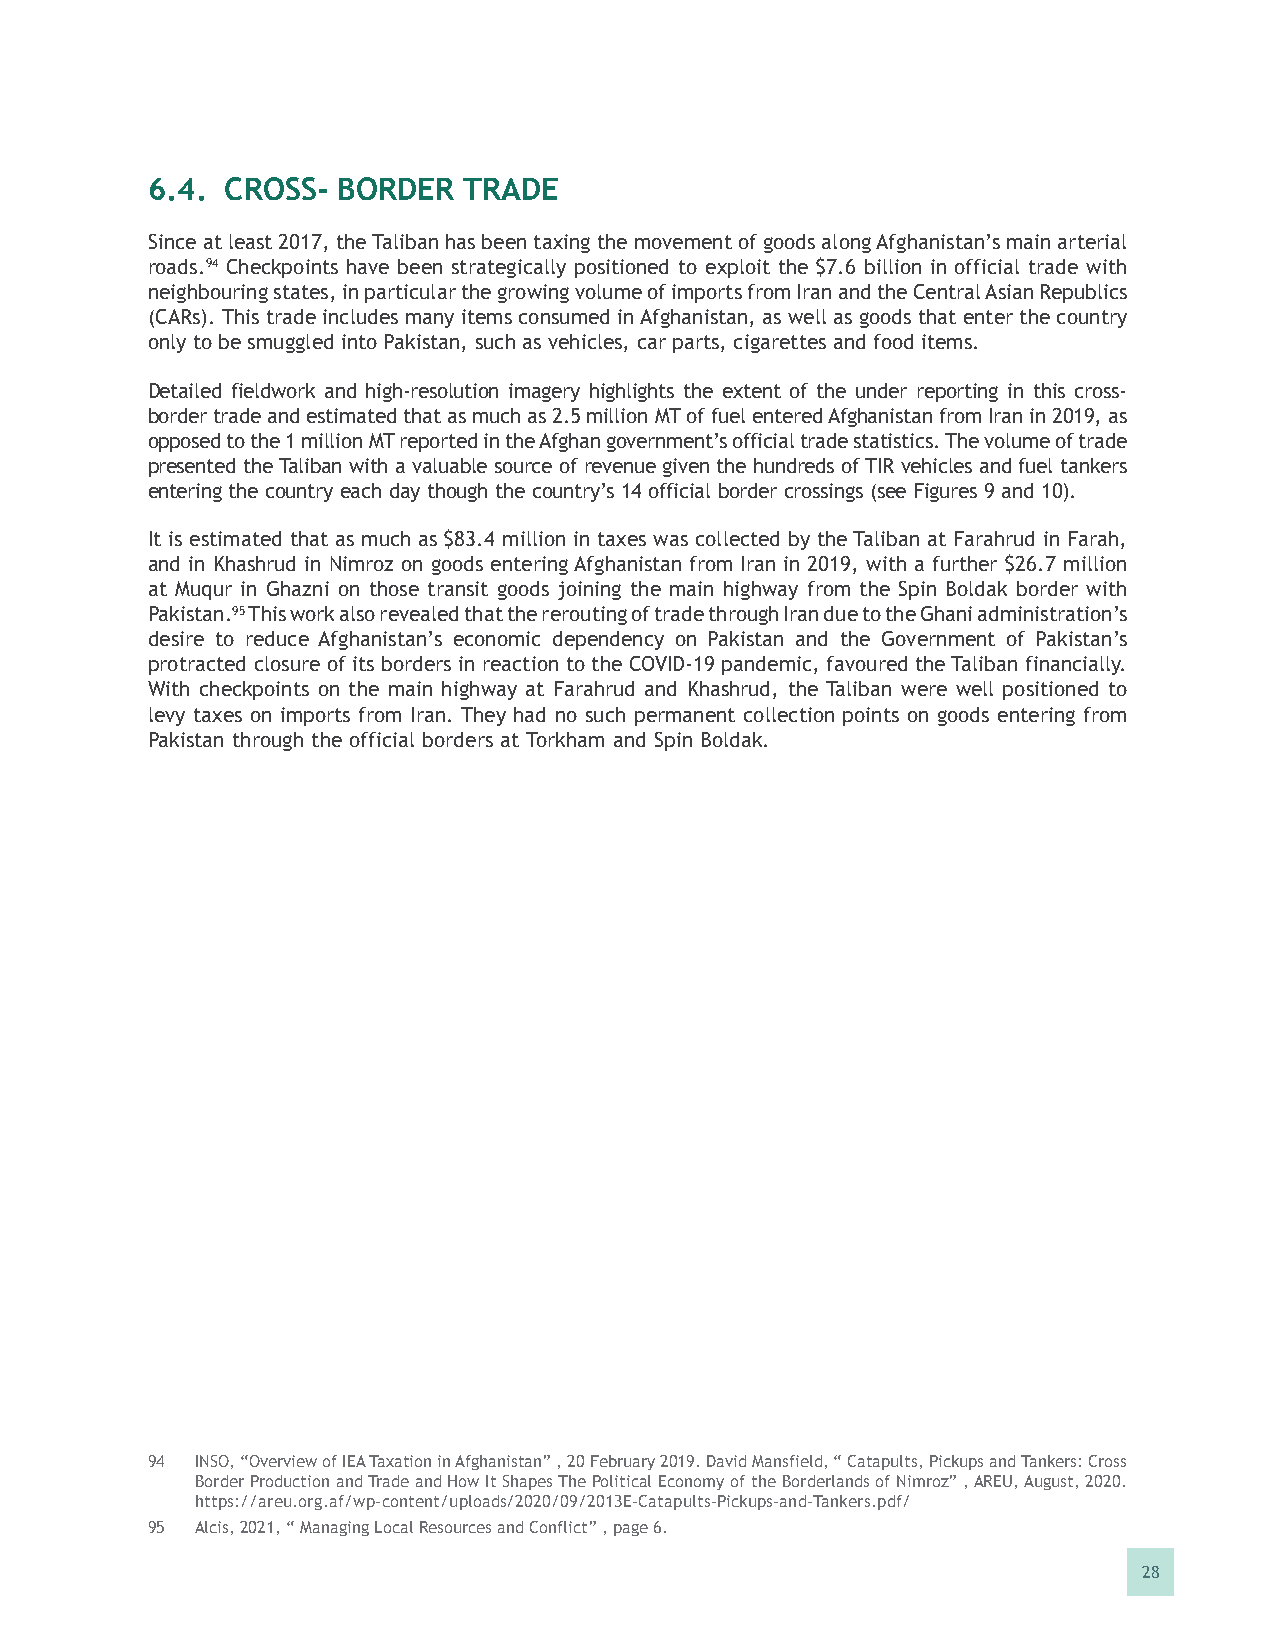
6.4. CROSS- BORDER   TRADE
 Since at least 2017, the Taliban has been taxing the movement of goods along Afghanistan’s main arterial
 roads.94 Checkpoints have been strategically positioned to exploit the $7.6 billion in official trade with
 neighbouring states, in particular the growing volume of imports from Iran and the Central Asian Republics
 (CARs). This trade includes many items consumed in Afghanistan, as well as goods that enter the country
 only to be smuggled into Pakistan, such as vehicles, car parts, cigarettes and food items.
 Detailed fieldwork and high-resolution imagery highlights the extent of the under reporting in this cross-
 border trade and estimated that as much as 2.5 million MT of fuel entered Afghanistan from Iran in 2019, as
 opposed to the 1 million MT reported in the Afghan government’s official trade statistics. The volume of trade
 presented the Taliban with a valuable source of revenue given the hundreds of TIR vehicles and fuel tankers
 entering the country each day though the country’s 14 official border crossings (see Figures 9 and 10).
 It is estimated that as much as $83.4 million in taxes was collected by the Taliban at Farahrud in Farah,
 and in Khashrud in Nimroz on goods entering Afghanistan from Iran in 2019, with a further $26.7 million
 at Muqur in Ghazni on those transit goods joining the main highway from the Spin Boldak border with
 Pakistan.95 This work also revealed that the rerouting of trade through Iran due to the Ghani administration’s
 desire to reduce Afghanistan’s economic dependency on Pakistan and the Government of Pakistan’s
 protracted closure of its borders in reaction to the COVID-19 pandemic, favoured the Taliban financially.
 With checkpoints on the main highway at Farahrud and Khashrud, the Taliban were well positioned to
 levy taxes on imports from Iran. They had no such permanent collection points on goods entering from
 Pakistan through the official borders at Torkham and Spin Boldak.
 94 INSO, “Overview of IEA Taxation in Afghanistan” , 20 February 2019. David Mansfield, “ Catapults, Pickups and Tankers: Cross
 Border Production and Trade and How It Shapes The Political Economy of the Borderlands of Nimroz” , AREU, August, 2020.
 https://areu.org.af/wp-content/uploads/2020/09/2013E-Catapults-Pickups-and-Tankers.pdf/
 95 Alcis, 2021, “ Managing Local Resources and Conflict” , page 6.
 28